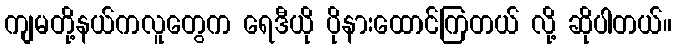
ကျမတို့နယ်ကလူတွေက ရေဒီယို ပိုနားထောင်ကြတယ် လို့ ဆိုပါတယ်။